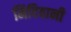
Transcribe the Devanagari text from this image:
मिदिवानी